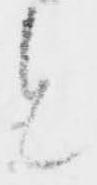
と